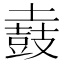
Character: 𪔌